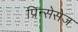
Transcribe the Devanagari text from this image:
प्रिन्सेसेज